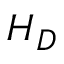
H _ { D }